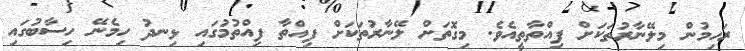
ރަހިމުން މިލޭނާރުތަކަށް ފިއްތާތީއެވެ. މިގޮތަށް ލޭނާރުތަކަށް ފިއްތާ ފިއްތުމުގައި ޅިނދު ހިމެނޭ ހިސާބުގައި